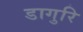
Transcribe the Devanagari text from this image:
डागुरि